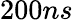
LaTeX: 200ns